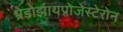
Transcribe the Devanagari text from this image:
म्रेडोझायप्रोजेस्टेरोन